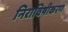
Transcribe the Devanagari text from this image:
निराविषीकरण